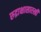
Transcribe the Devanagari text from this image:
रुद्राक्षासारखी